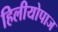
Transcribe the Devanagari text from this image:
हिलीयोपाज